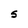
Character: S